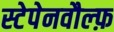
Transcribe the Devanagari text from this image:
स्टेपेनवौल्फ़